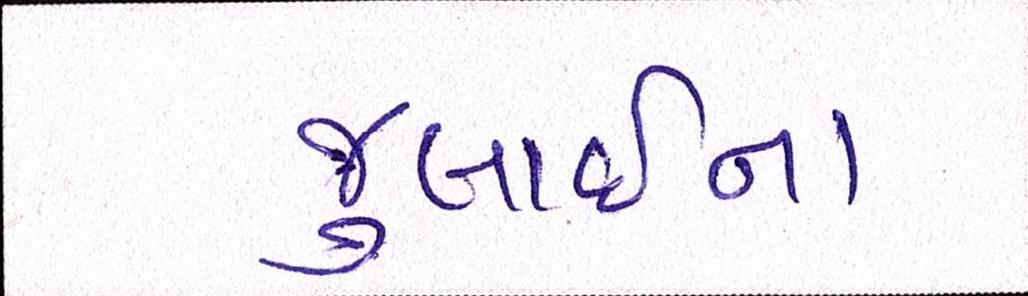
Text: જુલાઈના